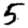
Digit: 5